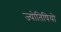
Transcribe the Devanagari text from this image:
ज्योतिषियो